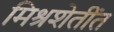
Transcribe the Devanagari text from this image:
मिश्रशेतींत